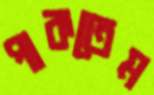
পাকতেম